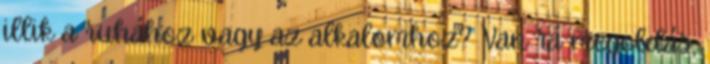
illik a ruhához vagy az alkalomhoz? Van rá megoldás,